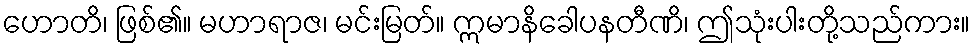
ဟောတိ၊ ဖြစ်၏။ မဟာရာဇ၊ မင်းမြတ်။ ဣမာနိခေါပနတီဏိ၊ ဤသုံးပါးတို့သည်ကား။